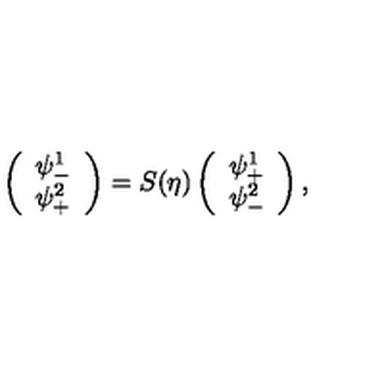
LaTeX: \left( \begin{array} { l } { \psi _ { - } ^ { 1 } } \\ { \psi _ { + } ^ { 2 } } \\ \end{array} \right) = S ( \eta ) \left( \begin{array} { l } { \psi _ { + } ^ { 1 } } \\ { \psi _ { - } ^ { 2 } } \\ \end{array} \right) ,